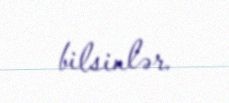
bilsinlər.